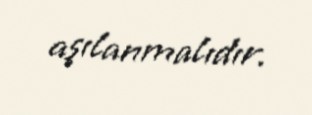
aşılanmalıdır.